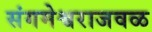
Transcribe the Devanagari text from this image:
संगमेश्वराजवळ